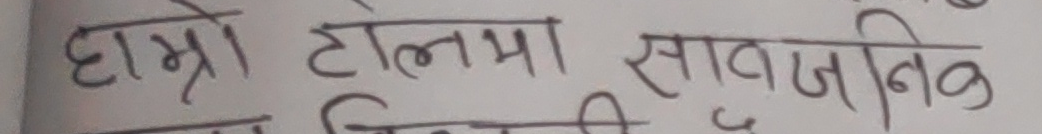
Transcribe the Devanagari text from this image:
हाम्रो टोलमा सार्वजनिक